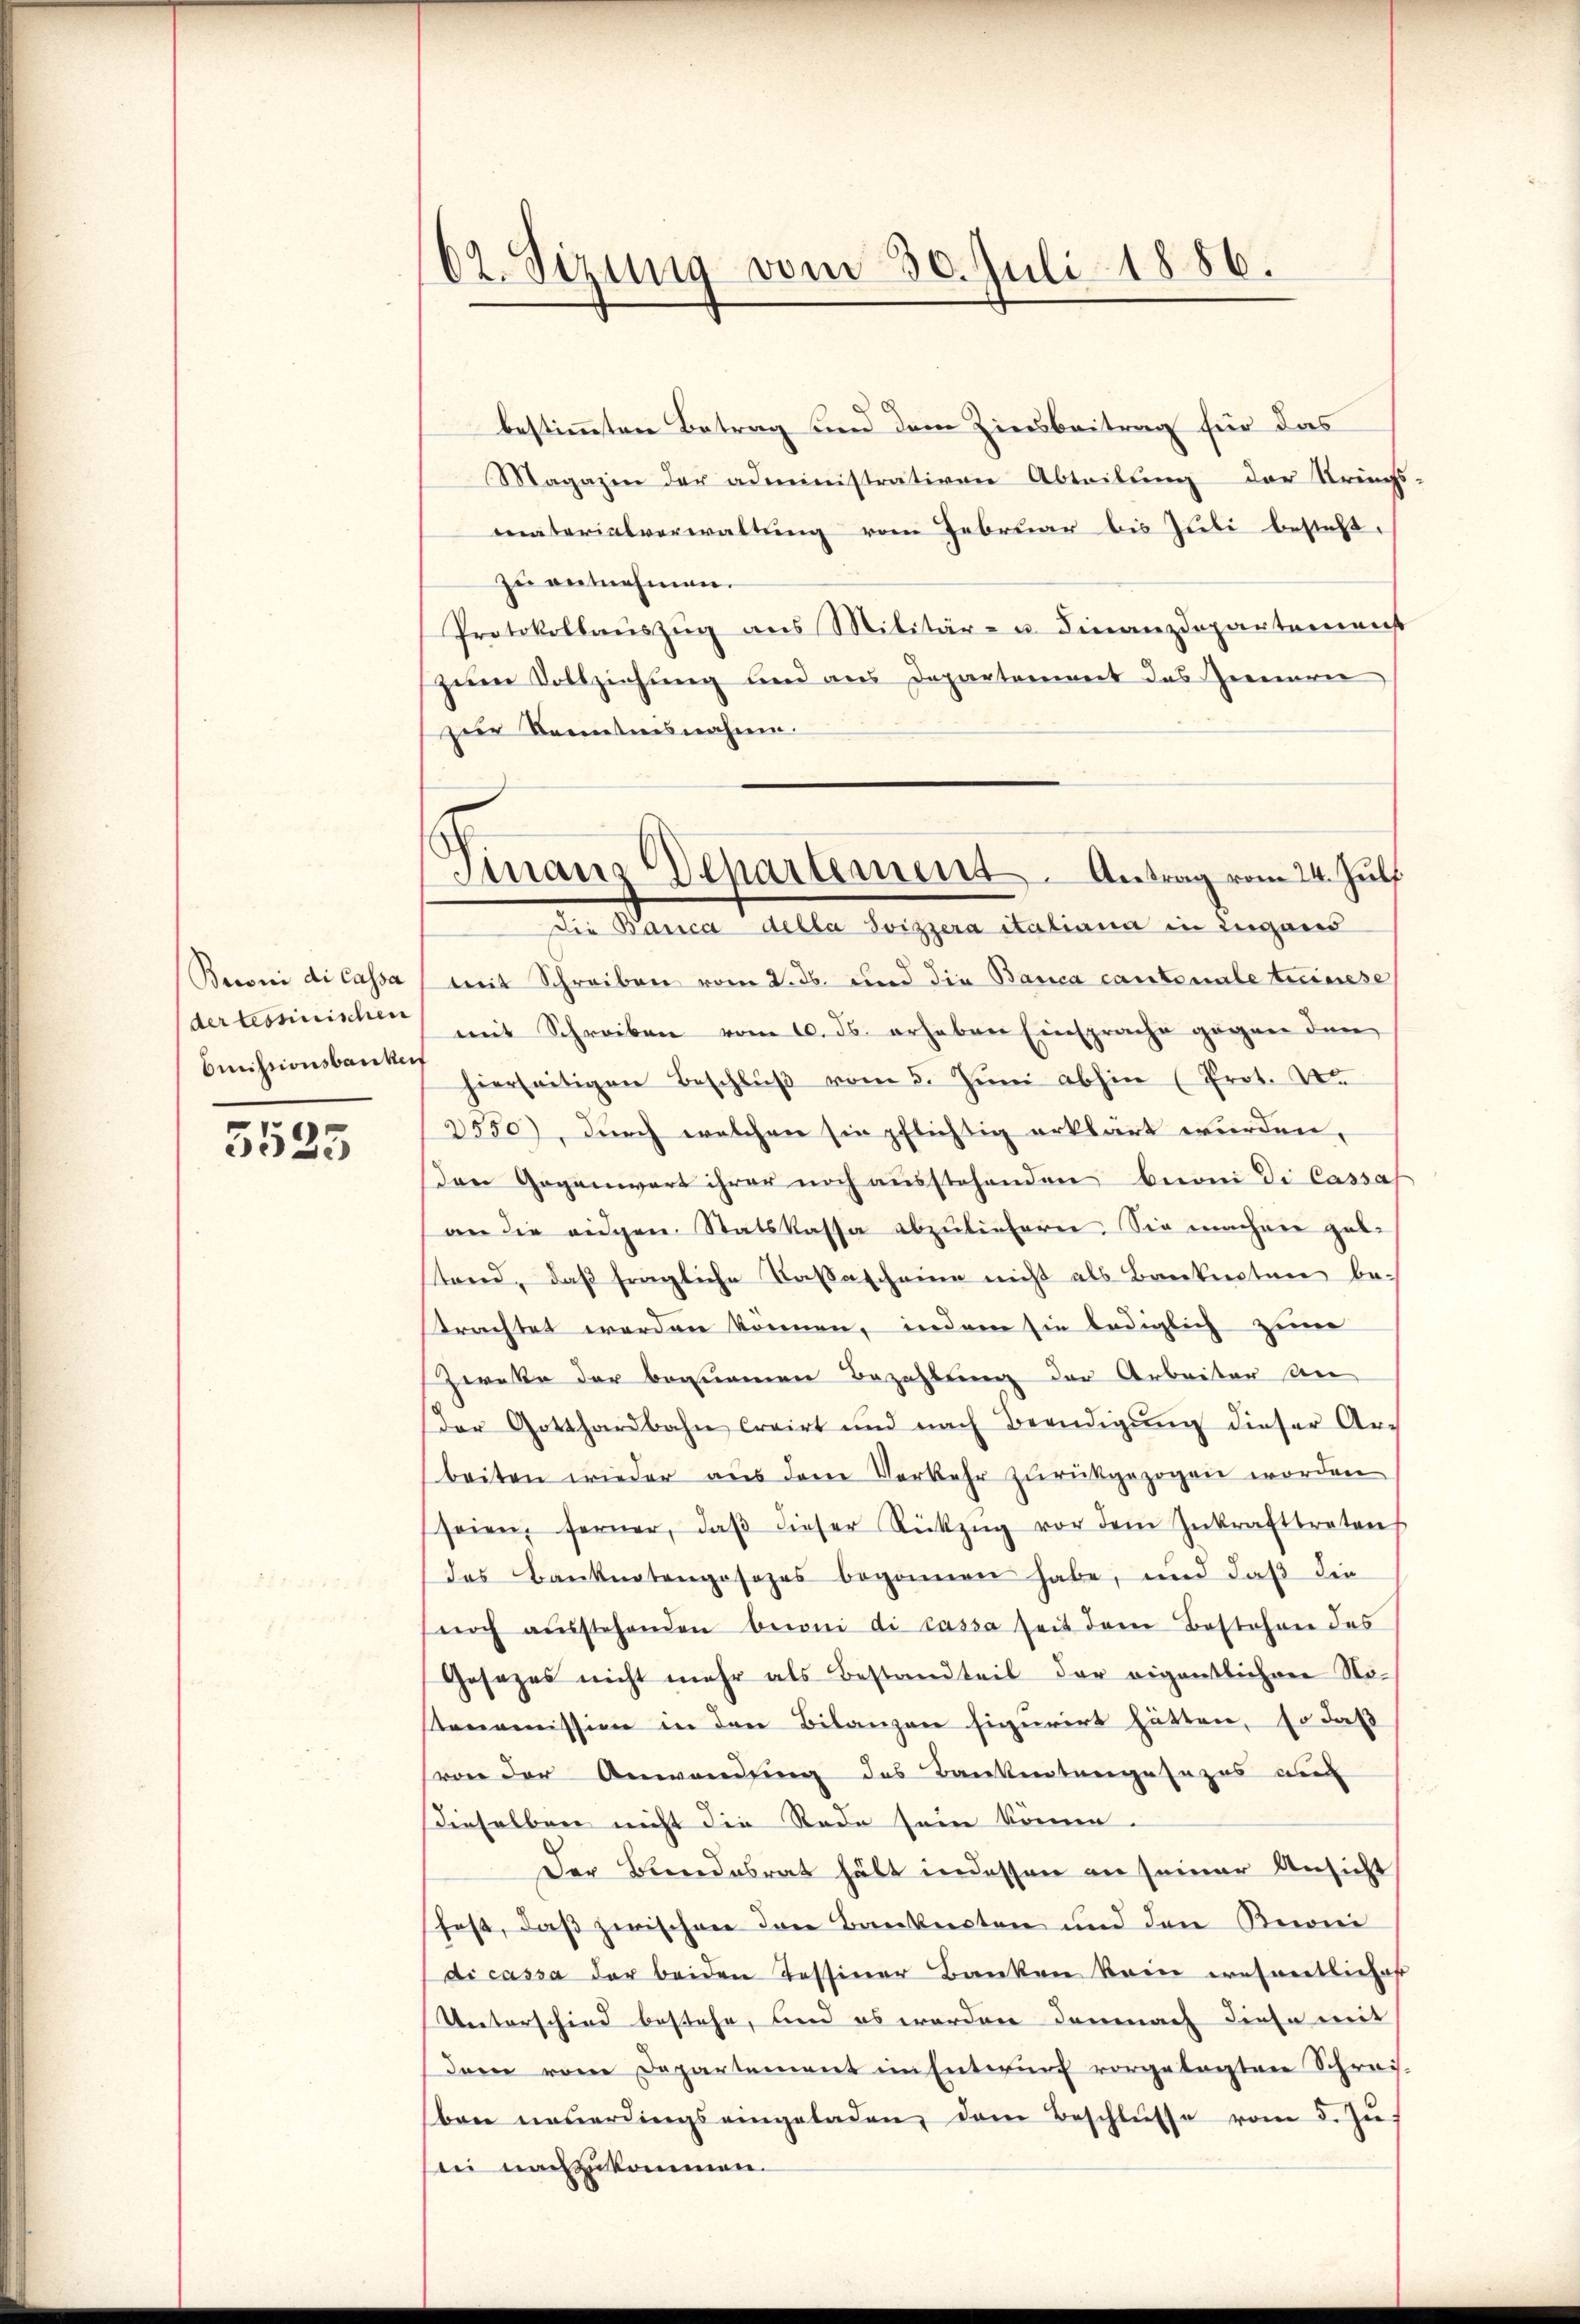
Brconi di cassa
der tessinischen
bmissionsbaukunf

3535

62. Sizung vom 30. Juli 1886.

bestimmten Betrag und dem Zinsbeitrag für das
Magazin der administrativen Abteilŭng der Kriegs-
materialverwaltung vom Februar bis Juli besteht,
zu entnehmen.
Protokollauszug aus Militär- u. Finanzdepartemenst
zum Vollziehung und aus Departement das Zimerie
zur Kenntnisnahme.
mit Schreiben vom 2. ds. und die Banca cantenale teinese
mit Schreiben vom 6. ds. erhaben Einsprache gegen den
hierseitigen Beschlŭβ vom 5. Jŭni abhin (Prot. Der
3550), durch welchen sie pflichtig erklärt wurden,
den Gegenwart ihrer noch ausstehenden bern die Cassas
an die eidgen. Statskassa abzuliefern. Sie machen gel-
tend, daß fragliche Tasascheine nicht als Banknoten be-
strachtet worden können, indem sie lediglich zum
Zereke der bequemen Bezahlung der Arbeiten An
der Gotthardbahn trairt und nach Beendigŭng dieser Ar-
beiten wieder aus dem Verkehr zurückgezogen worden
seien, ferner, daβ dieser Rückzŭg vor dem Inkrafttreten
des Banknotengesezes begonnen habe, und daß die
noch ausstehenden Beroni di cassa seit dem Bestehen des
Gesezes nicht mehr als Bestandteil der eigentlichen Nostonomission in den Bilanzen figurirt hätten, so daß
von der Anwendung des Bankentangesezes auc
dieselben nicht die Rede sein könne.
Der Bundesrat hält indessen an seiner Ansicht
fest, daß zwischen den Banknoten und den Reoni
di cassa der beiden Tessiner Banken kein wesentlicher
Unterschied bestehe, und es worden demnach diese mit
dem vom Departement im Entwurf vorgelegten Schreis-
ben neŭerdings eingeladen, dem Beschlŭsse vom 5. Jŭ
ii nachzukommen.

Sinaus Departement Antrag vom 24. Juli
Die Banca della Svizzera italiana in Zugans